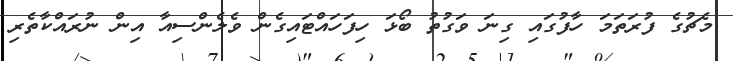
މެޗުގެ ފުރަތަމަ ހާފުގައި ގިނަ ވަގުތު ބޯޅަ ހިފަހައްޓައިގެން ވެލެންސިއާ އިން ނުރައްކާތެރި